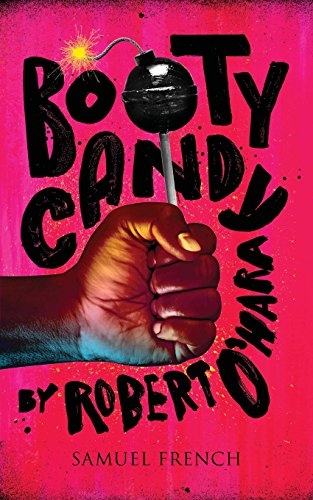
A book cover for Bootycandy; Robert O'Hara; Literature & Fiction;